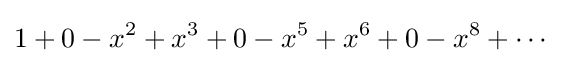
1+0-x^{2}+x^{3}+0-x^{5}+x^{6}+0-x^{8}+\cdots